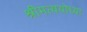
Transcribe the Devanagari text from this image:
श्रीमत्ययोध्या